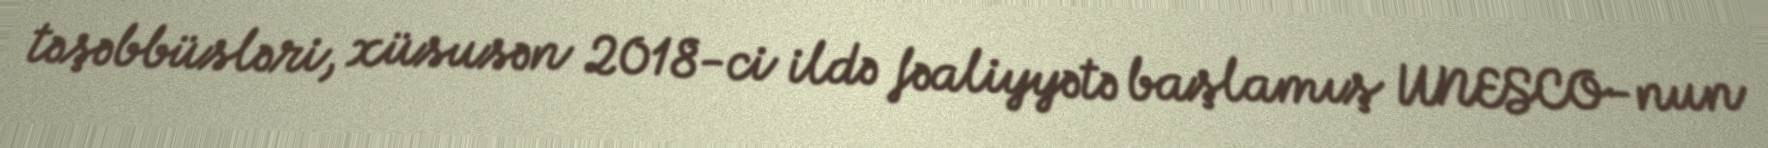
təşəbbüsləri, xüsusən 2018-ci ildə fəaliyyətə başlamış UNESCO-nun